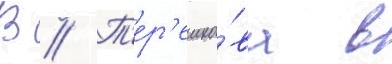
В // Т'ер'ешко́ва в